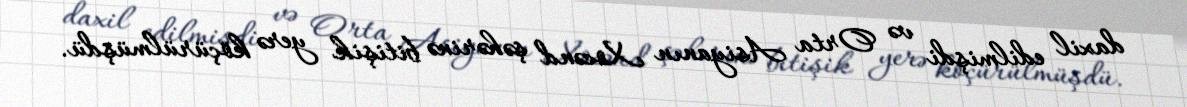
daxil edilmişdi və Orta Asiyanın Xocənd şəhərinə bitişik yerə köçürülmüşdü.